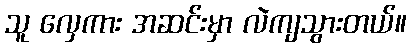
သူ လှေကား အဆင်းမှာ လဲကျသွားတယ်။